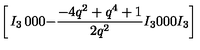
\left[ \begin{matrix} { I _ { 3 } } & { 0 } & { 0 } \\ { 0 } & { - { \frac { - 4 { q } ^ { 2 } + { q } ^ { 4 } + 1 } { 2 { q } ^ { 2 } } } I _ { 3 } } & { 0 } \\ { 0 } & { 0 } & { I _ { 3 } } \\ \end{matrix} \right] \